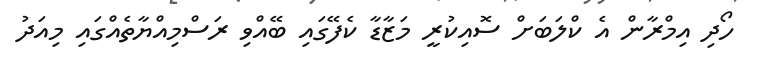
ހޯދި އިމްރާން އެ ކްލަބަށް ސޮއިކުރީ މަޒާޑާ ކެފޭގައި ބޭއްވި ރަސްމިއްޔާތެއްގައި މިއަދު